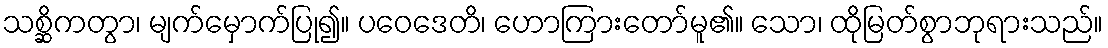
သစ္ဆိကတွာ၊ မျက်မှောက်ပြု၍။ ပဝေဒေတိ၊ ဟောကြားတော်မူ၏။ သော၊ ထိုမြတ်စွာဘုရားသည်။